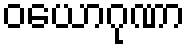
ဝယောဂုဏာ